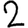
Digit: 2